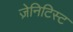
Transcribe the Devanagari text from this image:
ज़ेनिटिस्ट